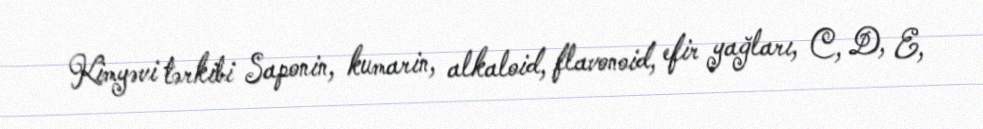
Kimyəvi tərkibi Saponin, kumarin, alkaloid, flavonoid, efir yağları, C, D, E,